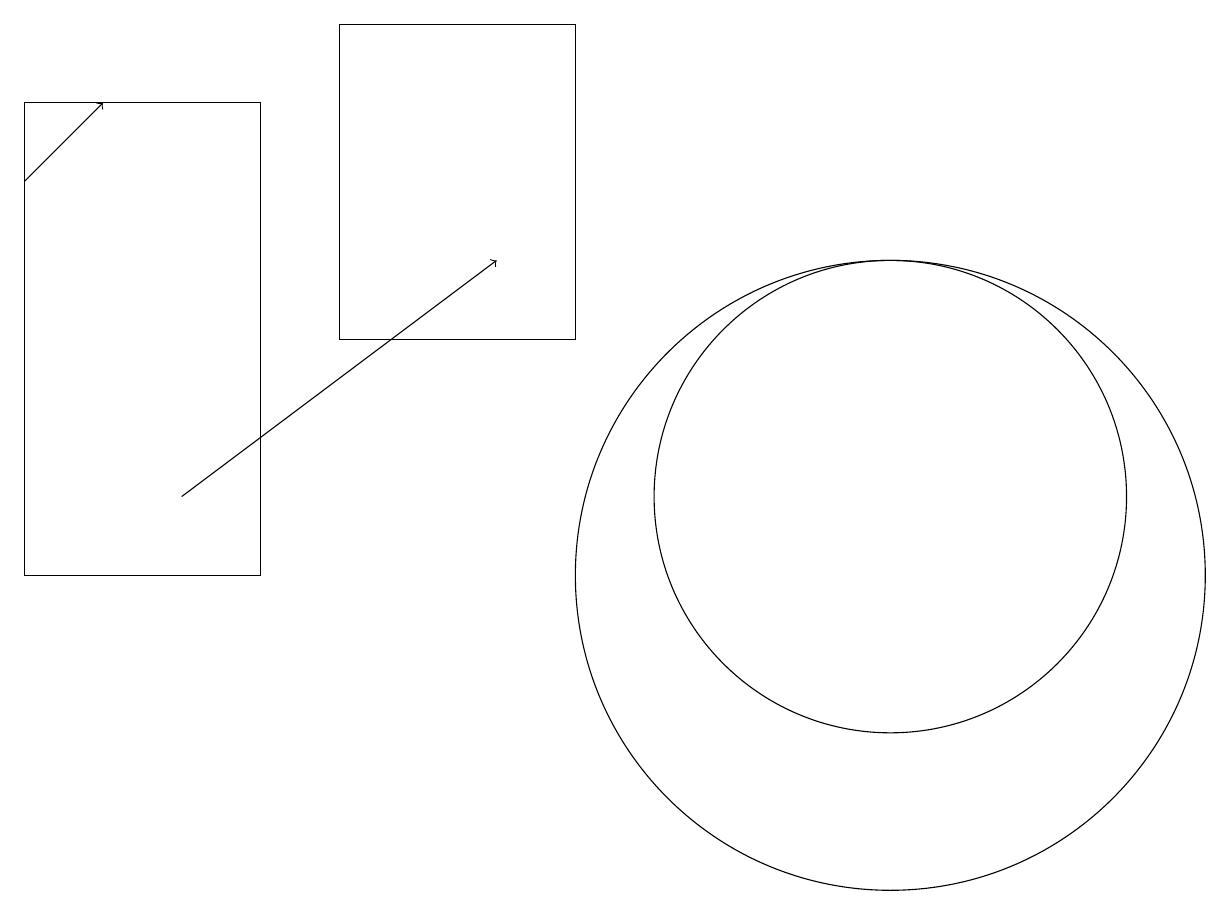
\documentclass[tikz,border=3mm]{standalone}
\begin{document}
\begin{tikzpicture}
\draw (11,12) circle (3);
\draw (11,11) circle (4);
\draw[->] (0,16) -- (1,17);
\draw (4,14) rectangle (7,18);
\draw (0,17) rectangle (3,11);
\draw[->] (2,12) -- (6,15);
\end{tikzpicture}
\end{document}